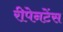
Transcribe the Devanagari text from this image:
रीपेनटेंस